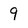
Character: 9